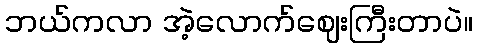
ဘယ်ကလာ အဲ့လောက်ဈေးကြီးတာပဲ။